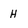
Character: H